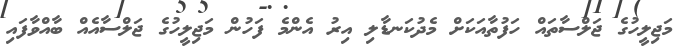
މަޖިލީހުގެ ޖަލްސާތައް ހަފުތާއަކަށް މެދުކަނޑާލި އިރު އެންމެ ފަހުން މަޖިލީހުގެ ޖަލްސާއެއް ބާއްވާފައި